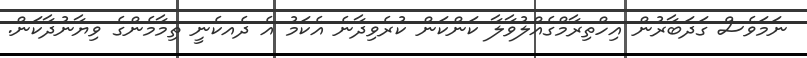
ނަމަވެސް ގަދަބާރުން އިހްތިރާމްގެއްލުވާލާ ކަންކަން ކުރެވިދާނެ އެކަމު އެ ދެއކެނީ ތިމާމެންގެ ވިޔާނުދާކަން.